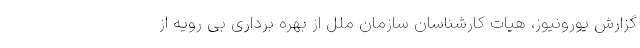
گزارش یورونیوز، هیات کارشناسان سازمان ملل از بهره برداری بی رویه از